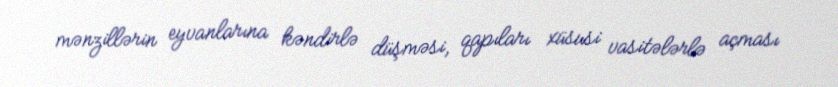
mənzillərin eyvanlarına kəndirlə düşməsi, qapıları xüsusi vasitələrlə açması